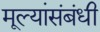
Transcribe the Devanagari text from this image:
मूल्यांसंबंधी